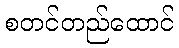
စတင်တည်ထောင်